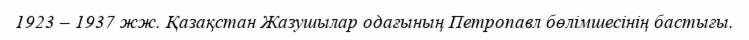
1923 – 1937 жж. Қазақстан Жазушылар одағының Петропавл бөлімшесінің бастығы.